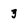
Character: 3